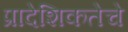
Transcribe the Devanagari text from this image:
प्रादेशिकतेचे